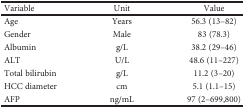
| Variable | Unit | Value |
 | --- | --- | --- |
 | Age | Years | 56.3 (13–82) |
 | Gender | Male | 83 (78.3) |
 | Albumin | g/L | 38.2 (29–46) |
 | ALT | U/L | 48.6 (11–227) |
 | Total bilirubin | g/L | 11.2 (3–20) |
 | HCC diameter | cm | 5.1 (1.1–15) |
 | AFP | ng/mL | 97 (2–699,800) |